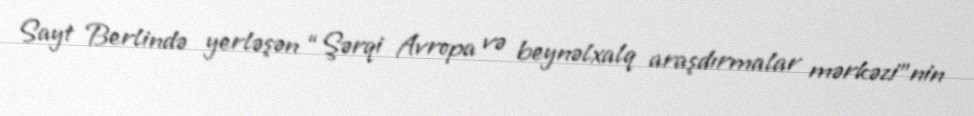
Sayt Berlində yerləşən “Şərqi Avropa və beynəlxalq araşdırmalar mərkəzi”nin